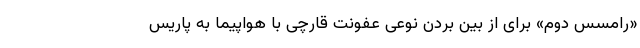
«رامسس دوم» برای از بین بردن نوعی عفونت قارچی با هواپیما به پاریس